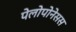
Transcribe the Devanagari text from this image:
पेलोपोनेसस